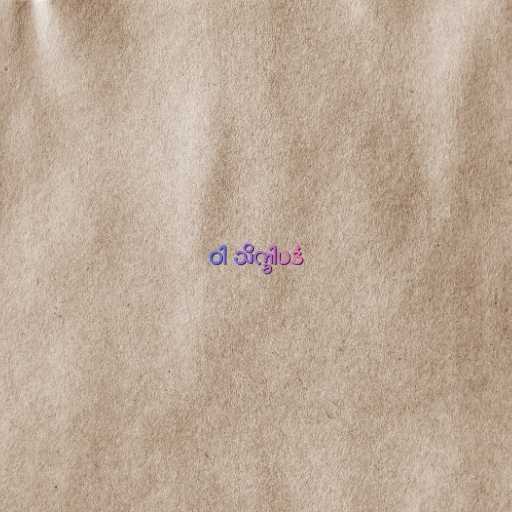
ဝါ သိက္ခါပဒံ